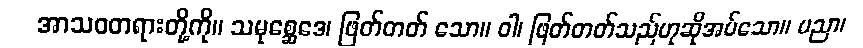
အာသဝတရားတို့ကို။ သမုစ္ဆေဒေ၊ ဖြတ်တတ် သော။ ဝါ၊ ဖြတ်တတ်သည်ဟုဆိုအပ်သော။ ပညာ၊